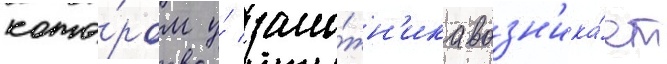
кото́ром у́ зало́жн'ика возн'ика́ет